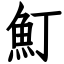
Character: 䰳